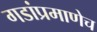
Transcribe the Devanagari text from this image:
गडांप्रमाणेच